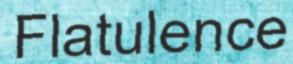
Flatulence